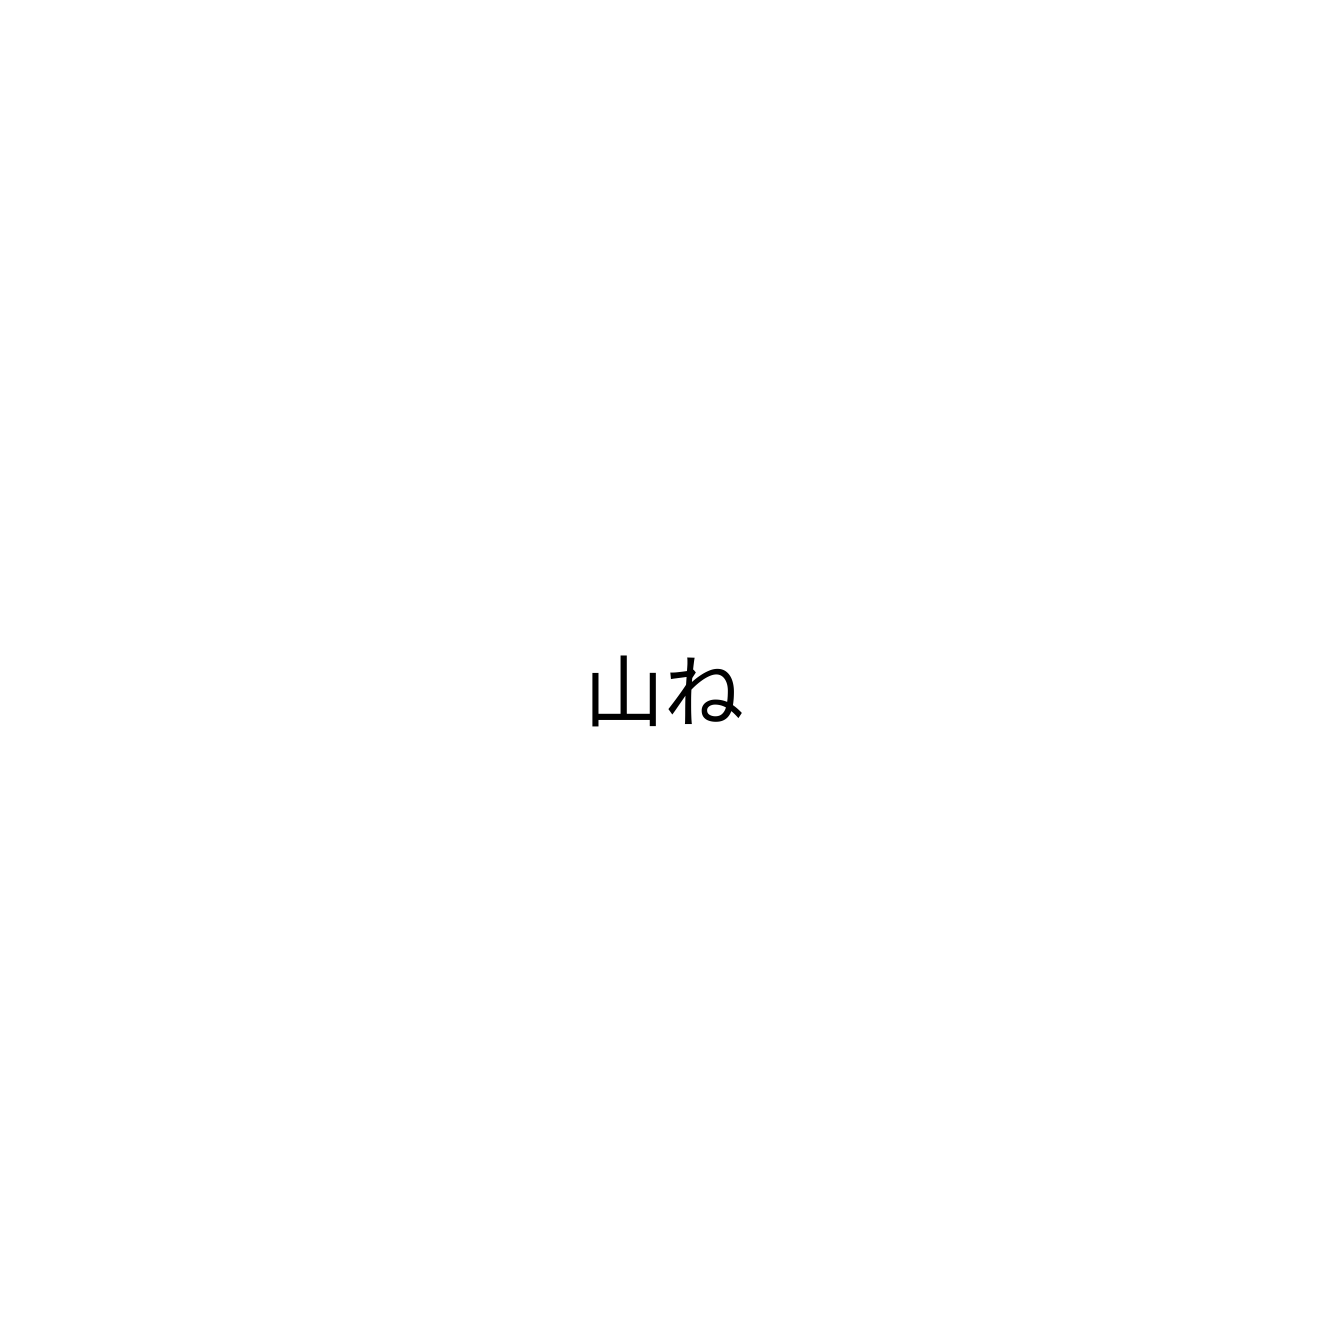
山ね